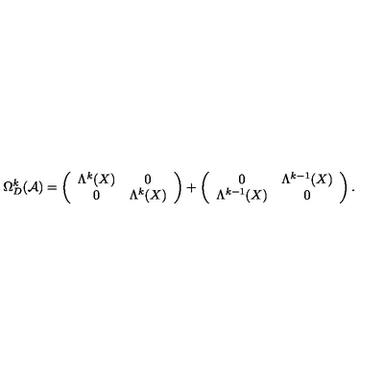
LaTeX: \Omega _ { D } ^ { k } ( { \cal A } ) = \left( \begin{array} { c c } { \Lambda ^ { k } ( X ) } & { 0 } \\ { 0 } & { \Lambda ^ { k } ( X ) } \\ \end{array} \right) + \left( \begin{array} { c c } { 0 } & { \Lambda ^ { k - 1 } ( X ) } \\ { \Lambda ^ { k - 1 } ( X ) } & { 0 } \\ \end{array} \right) .